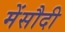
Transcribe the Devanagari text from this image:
मेंसौदी